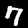
Digit: 7